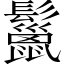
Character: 鬣